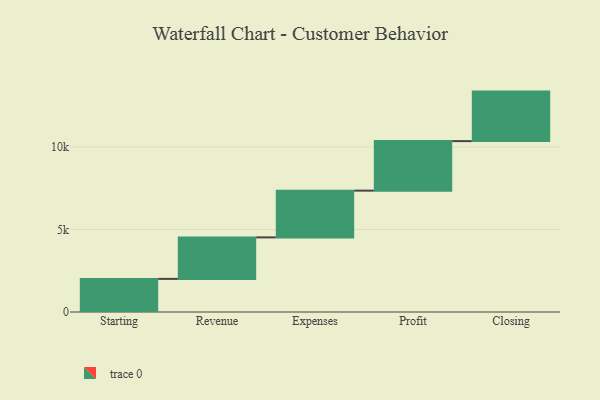
{"axis": {"x": "Step", "y": "Value"}, "legend": [""], "data": [{"x": "Starting", "y": 2006.0, "type": ""}, {"x": "Revenue", "y": 2515.0, "type": ""}, {"x": "Expenses", "y": 2832.0, "type": ""}, {"x": "Profit", "y": 3000, "type": ""}, {"x": "Closing", "y": 3000, "type": ""}]}